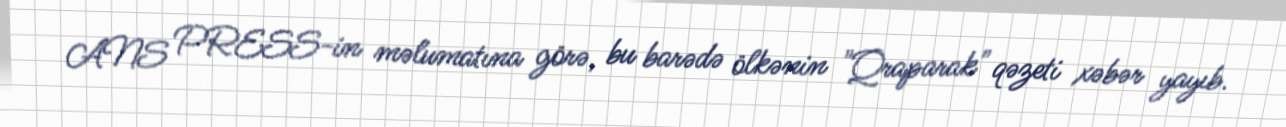
ANS PRESS-in məlumatına görə, bu barədə ölkənin "Qraparak" qəzeti xəbər yayıb.